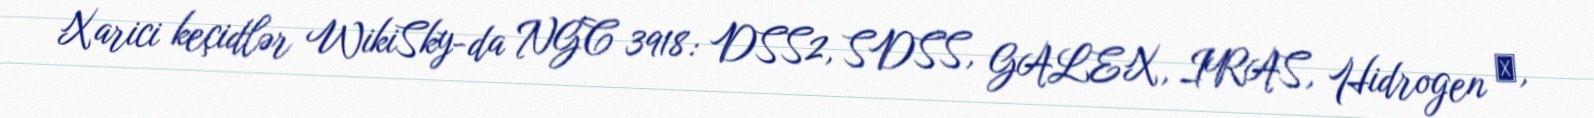
Xarici keçidlər WikiSky-da NGC 3918: DSS2, SDSS, GALEX, IRAS, Hidrogen α,